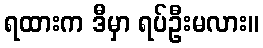
ရထားက ဒီမှာ ရပ်ဦးမလား။